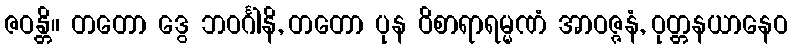
ဇဝန္တိ။ တတော ဒွေ ဘဝင်္ဂါနိ, တတော ပုန ဝိစာရာရမ္မဏံ အာဝဇ္ဇနံ, ဝုတ္တနယာနေဝ